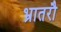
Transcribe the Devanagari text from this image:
भ्रातरौ